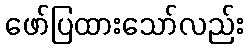
ဖော်ပြထားသော်လည်း